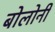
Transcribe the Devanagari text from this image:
बोलोनी